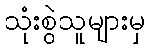
သုံးစွဲသူများမှ